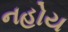
નહોય